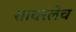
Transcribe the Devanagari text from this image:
सावरलेच